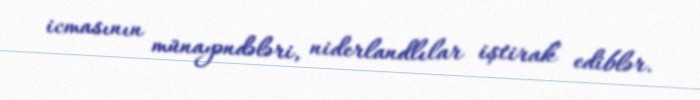
icmasının münayəndələri, niderlandlılar iştirak ediblər.